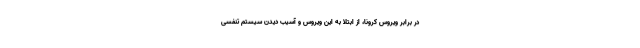
در برابر ویروس کرونا، از ابتلا به این ویروس و آسیب دیدن سیستم تنفسی